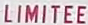
LIMITEE